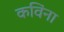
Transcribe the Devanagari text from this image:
कविंना